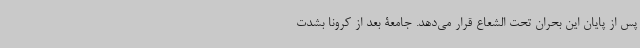
پس از پایان این بحران تحت الشعاع قرار می‌دهد. جامعۀ بعد از کرونا بشدت